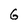
Character: 6